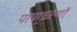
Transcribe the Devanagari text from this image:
पापाचरणों